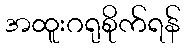
အထူးဂရုစိုက်ရန်